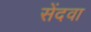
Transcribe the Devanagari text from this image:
सेंदवा